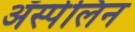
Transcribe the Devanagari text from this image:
ॲस्पेलिन